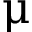
\upmu